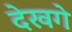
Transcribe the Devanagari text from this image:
देखगे